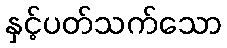
နှင့်ပတ်သက်သော